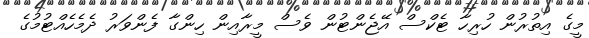
މީގެ އިތުރުން ހުރިހާ ޓެކްސް އޭޖެންޓުން ވެސް މީރާއިން ހިންގާ ފެންވަރު ދެމެހެއްޓުމުގެ